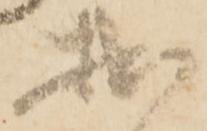
拙